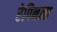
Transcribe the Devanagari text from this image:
रेपिनला